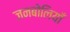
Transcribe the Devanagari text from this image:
जनबोलियाँ